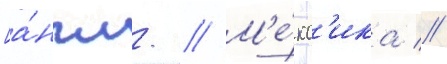
[а́нгл. // М'е́кс'ика //